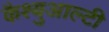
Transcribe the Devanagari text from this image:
कैश्युआल्टी